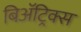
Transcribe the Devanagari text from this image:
बिॲट्रिक्स